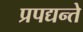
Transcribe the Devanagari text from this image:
प्रपद्यन्ते